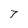
Character: 7